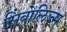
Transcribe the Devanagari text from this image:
सिंबोलिज्म